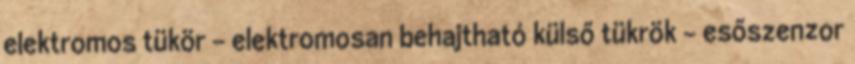
elektromos tükör – elektromosan behajtható külső tükrök – esőszenzor